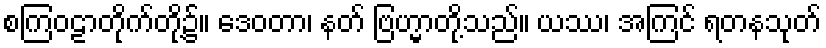
စကြဝဠာတိုက်တို့၌။ ဒေဝတာ၊ နတ် ဗြဟ္မာတို့သည်။ ယဿ၊ အကြင် ရတနသုတ်